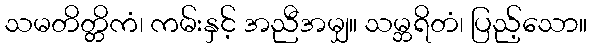
သမတိတ္တိကံ၊ ကမ်းနှင့် အညီအမျှ။ သမ္ဘရိတံ၊ ပြည့်သော။